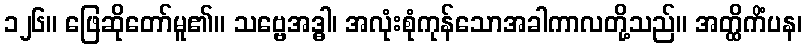
၁၂၆။ ဖြေဆိုတော်မူ၏။ သဗ္ဗေအဒ္ဓါ၊ အလုံးစုံကုန်သောအခါကာလတို့သည်။ အတ္ထိကိံပန၊